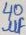
Text: 40µF